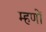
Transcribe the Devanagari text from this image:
म्हणों